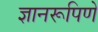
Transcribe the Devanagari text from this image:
ज्ञानरूपिणे